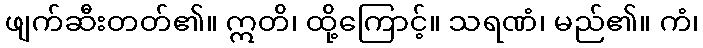
ဖျက်ဆီးတတ်၏။ ဣတိ၊ ထို့ကြောင့်။ သရဏံ၊ မည်၏။ ကံ၊